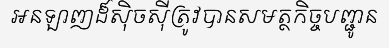
អនឡាញដ៏ស៊ិចស៊ីត្រូវបានសមត្ថកិច្ចបញ្ជូន